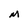
Character: M